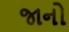
જાનો